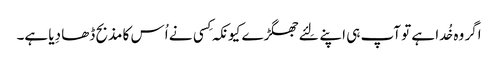
اگر وہ خُدا ہے تو آپ ہی اپنے لِئے جھگڑے کیونکہ کِسی نے اُس کا مذبح ڈھا دِیا ہے۔